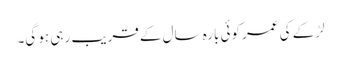
لڑکے کی عمر کوئی بارہ سال کے قریب رہی ہو گی۔